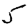
Digit: 5